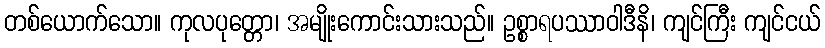
တစ်ယောက်သော။ ကုလပုတ္တော၊ အမျိုးကောင်းသားသည်။ ဥစ္စာရပဿာဝါဒီနိ၊ ကျင်ကြီး ကျင်ငယ်